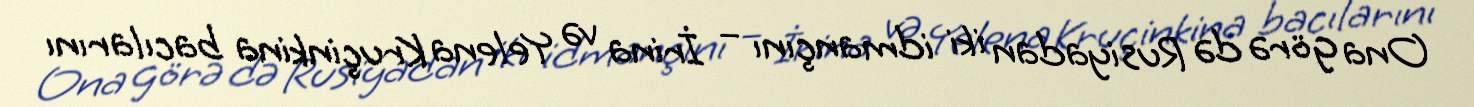
Ona görə də Rusiyadan iki idmançını – İrina və Yelena Kruçinkina bacılarını